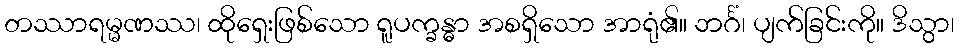
တဿာရမ္မဏဿ၊ ထိုရှေးဖြစ်သော ရူပက္ခန္ဓာ အစရှိသော အာရုံ၏။ ဘင်္ဂံ၊ ပျက်ခြင်းကို။ ဒိသွာ၊